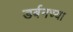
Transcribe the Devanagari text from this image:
डर्बनच्या